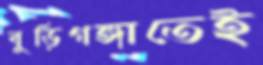
বুড়িগঙ্গাতেই